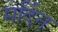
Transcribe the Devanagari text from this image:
मर्दिन